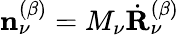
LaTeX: \mathbf{n}_{\nu}^{(\beta)}=M_{\nu}\dot{\mathbf{R}}_{\nu}^{(\beta)}